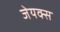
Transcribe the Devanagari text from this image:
जेयक्स